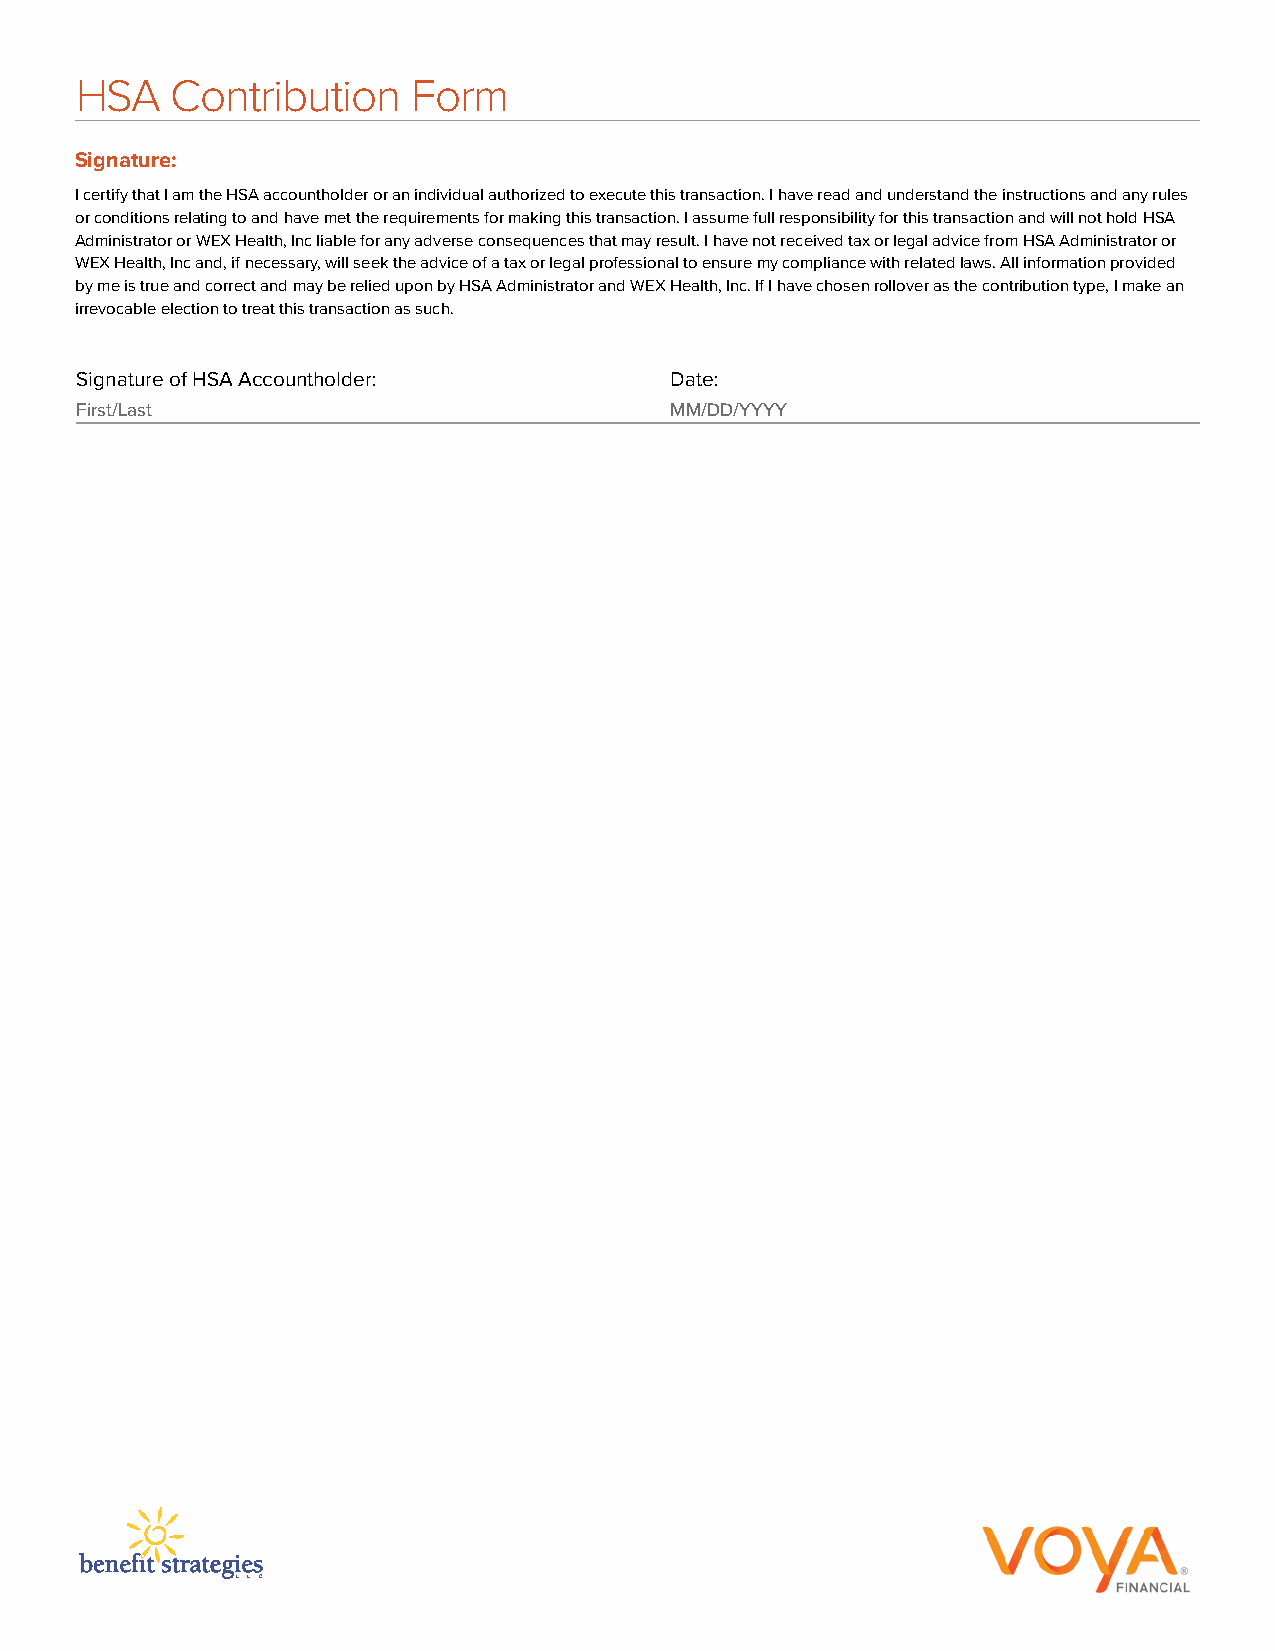
HSA   Contribution    Form
 Signature:
 I certify that I am the HSA accountholder or an individual authorized to execute this transaction. I have read and understand the instructions and any rules
 or conditions relating to and have met the requirements for making this transaction. I assume full responsibility for this transaction and will not hold HSA
 Administrator or WEX Health, Inc liable for any adverse consequences that may result. I have not received tax or legal advice from HSA Administrator or
 WEX Health, Inc and, if necessary, will seek the advice of a tax or legal professional to ensure my compliance with related laws. All information provided
 by me is true and correct and may be relied upon by HSA Administrator and WEX Health, Inc. If I have chosen rollover as the contribution type, I make an
 irrevocable election to treat this transaction as such.
 Signature of HSA Accountholder:        Date:
 First/Last                             MM/DD/YYYY